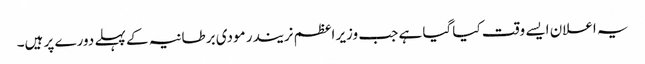
یہ اعلان ایسے وقت کیا گیا ہے جب وزیر اعظم نریندر مودی برطانیہ کے پہلے دورے پر ہیں۔